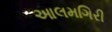
આલમગિરી